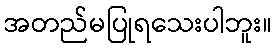
အတည်မပြုရသေးပါဘူး။